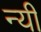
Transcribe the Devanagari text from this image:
न्यी